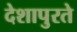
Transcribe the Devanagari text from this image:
देशापुरते